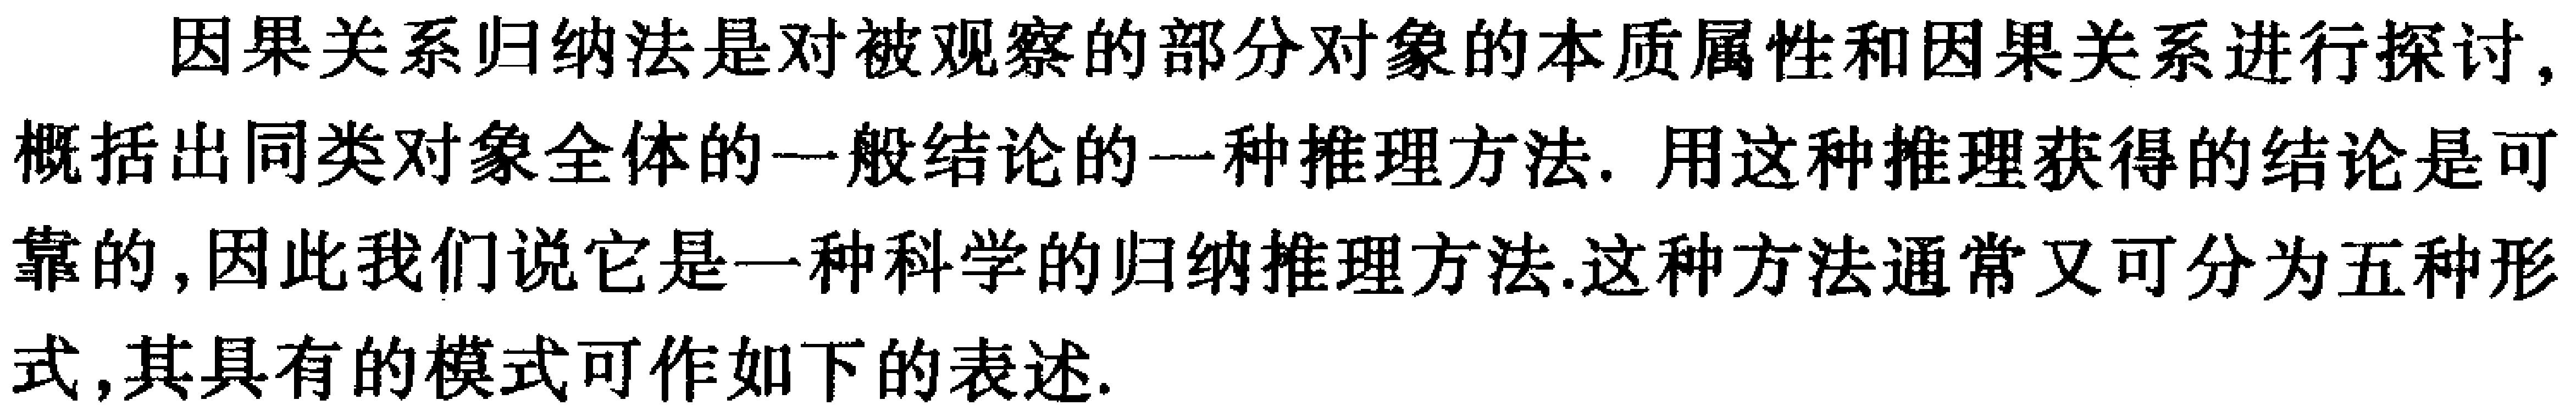
因果关系归纳法是对被观察的部分对象的本质属性和因果关系进行探讨，概括出同类对象全体的一般结论的一种推理方法. 用这种推理获得的结论是可靠的, 因此我们说它是一种科学的归纳推理方法.这种方法通常又可分为五种形式, 其具有的模式可作如下的表述.